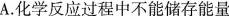
A.化学反应过程中不能储存能量